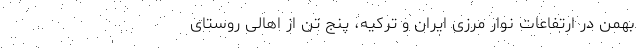
بهمن در ارتفاعات نوار مرزی ایران و ترکیه، پنج تن از اهالی روستای